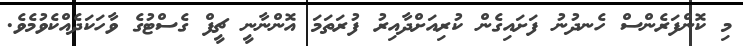
މި ކޮންފަރެންސް ހެނދުނު ފަށައިގެން ކުރިއަށްދާއިރު ފުރަތަމަ އޮންނާނީ ޗީފް ގެސްޓުގެ ވާހަކަދެއްކެވުމެވެ.